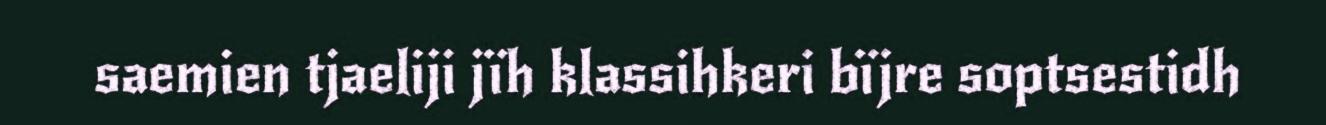
saemien tjaeliji jïh klassihkeri bïjre soptsestidh